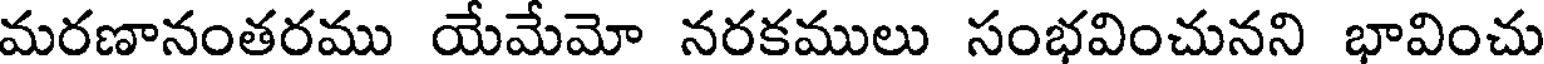
మరణానంతరము యేమేమో నరకములు సంభవించునని భావించు